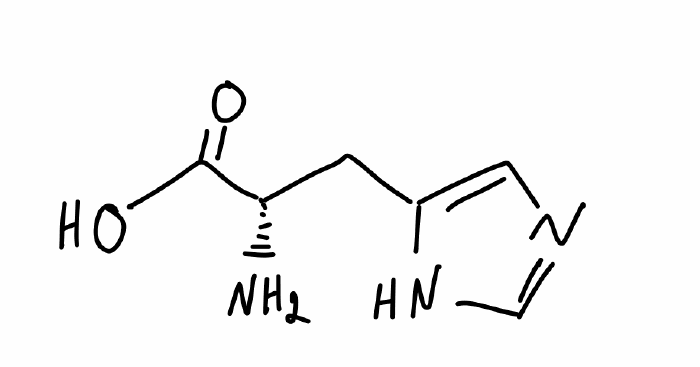
Simplified molecular-input line-entry system (SMILES) notation of the given molecule:
C1=C(NC=N1)C[C@@H](C(=O)O)N